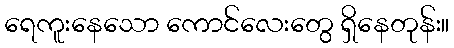
ရေကူးနေသော ကောင်လေးတွေ ရှိနေတုန်း။